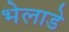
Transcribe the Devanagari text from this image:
भेलाडे